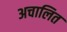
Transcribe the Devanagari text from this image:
अचालित